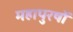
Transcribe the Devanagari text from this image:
महापुरषों